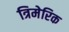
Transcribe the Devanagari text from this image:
त्रिमेरिक